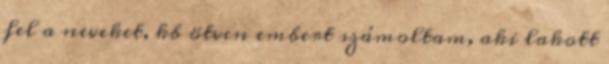
fel a neveket, kb ötven embert számoltam, aki lakott